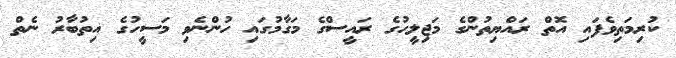
ކުރިމަތިވެފައި އޮތް ރައްޔިތުންގެ މަޖިލީހުގެ ރައީސްގެ މަގާމުގައި ހުންނެވި މަސީހުގެ އިތުބާރު ނެތް